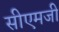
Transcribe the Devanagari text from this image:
सीएमजी